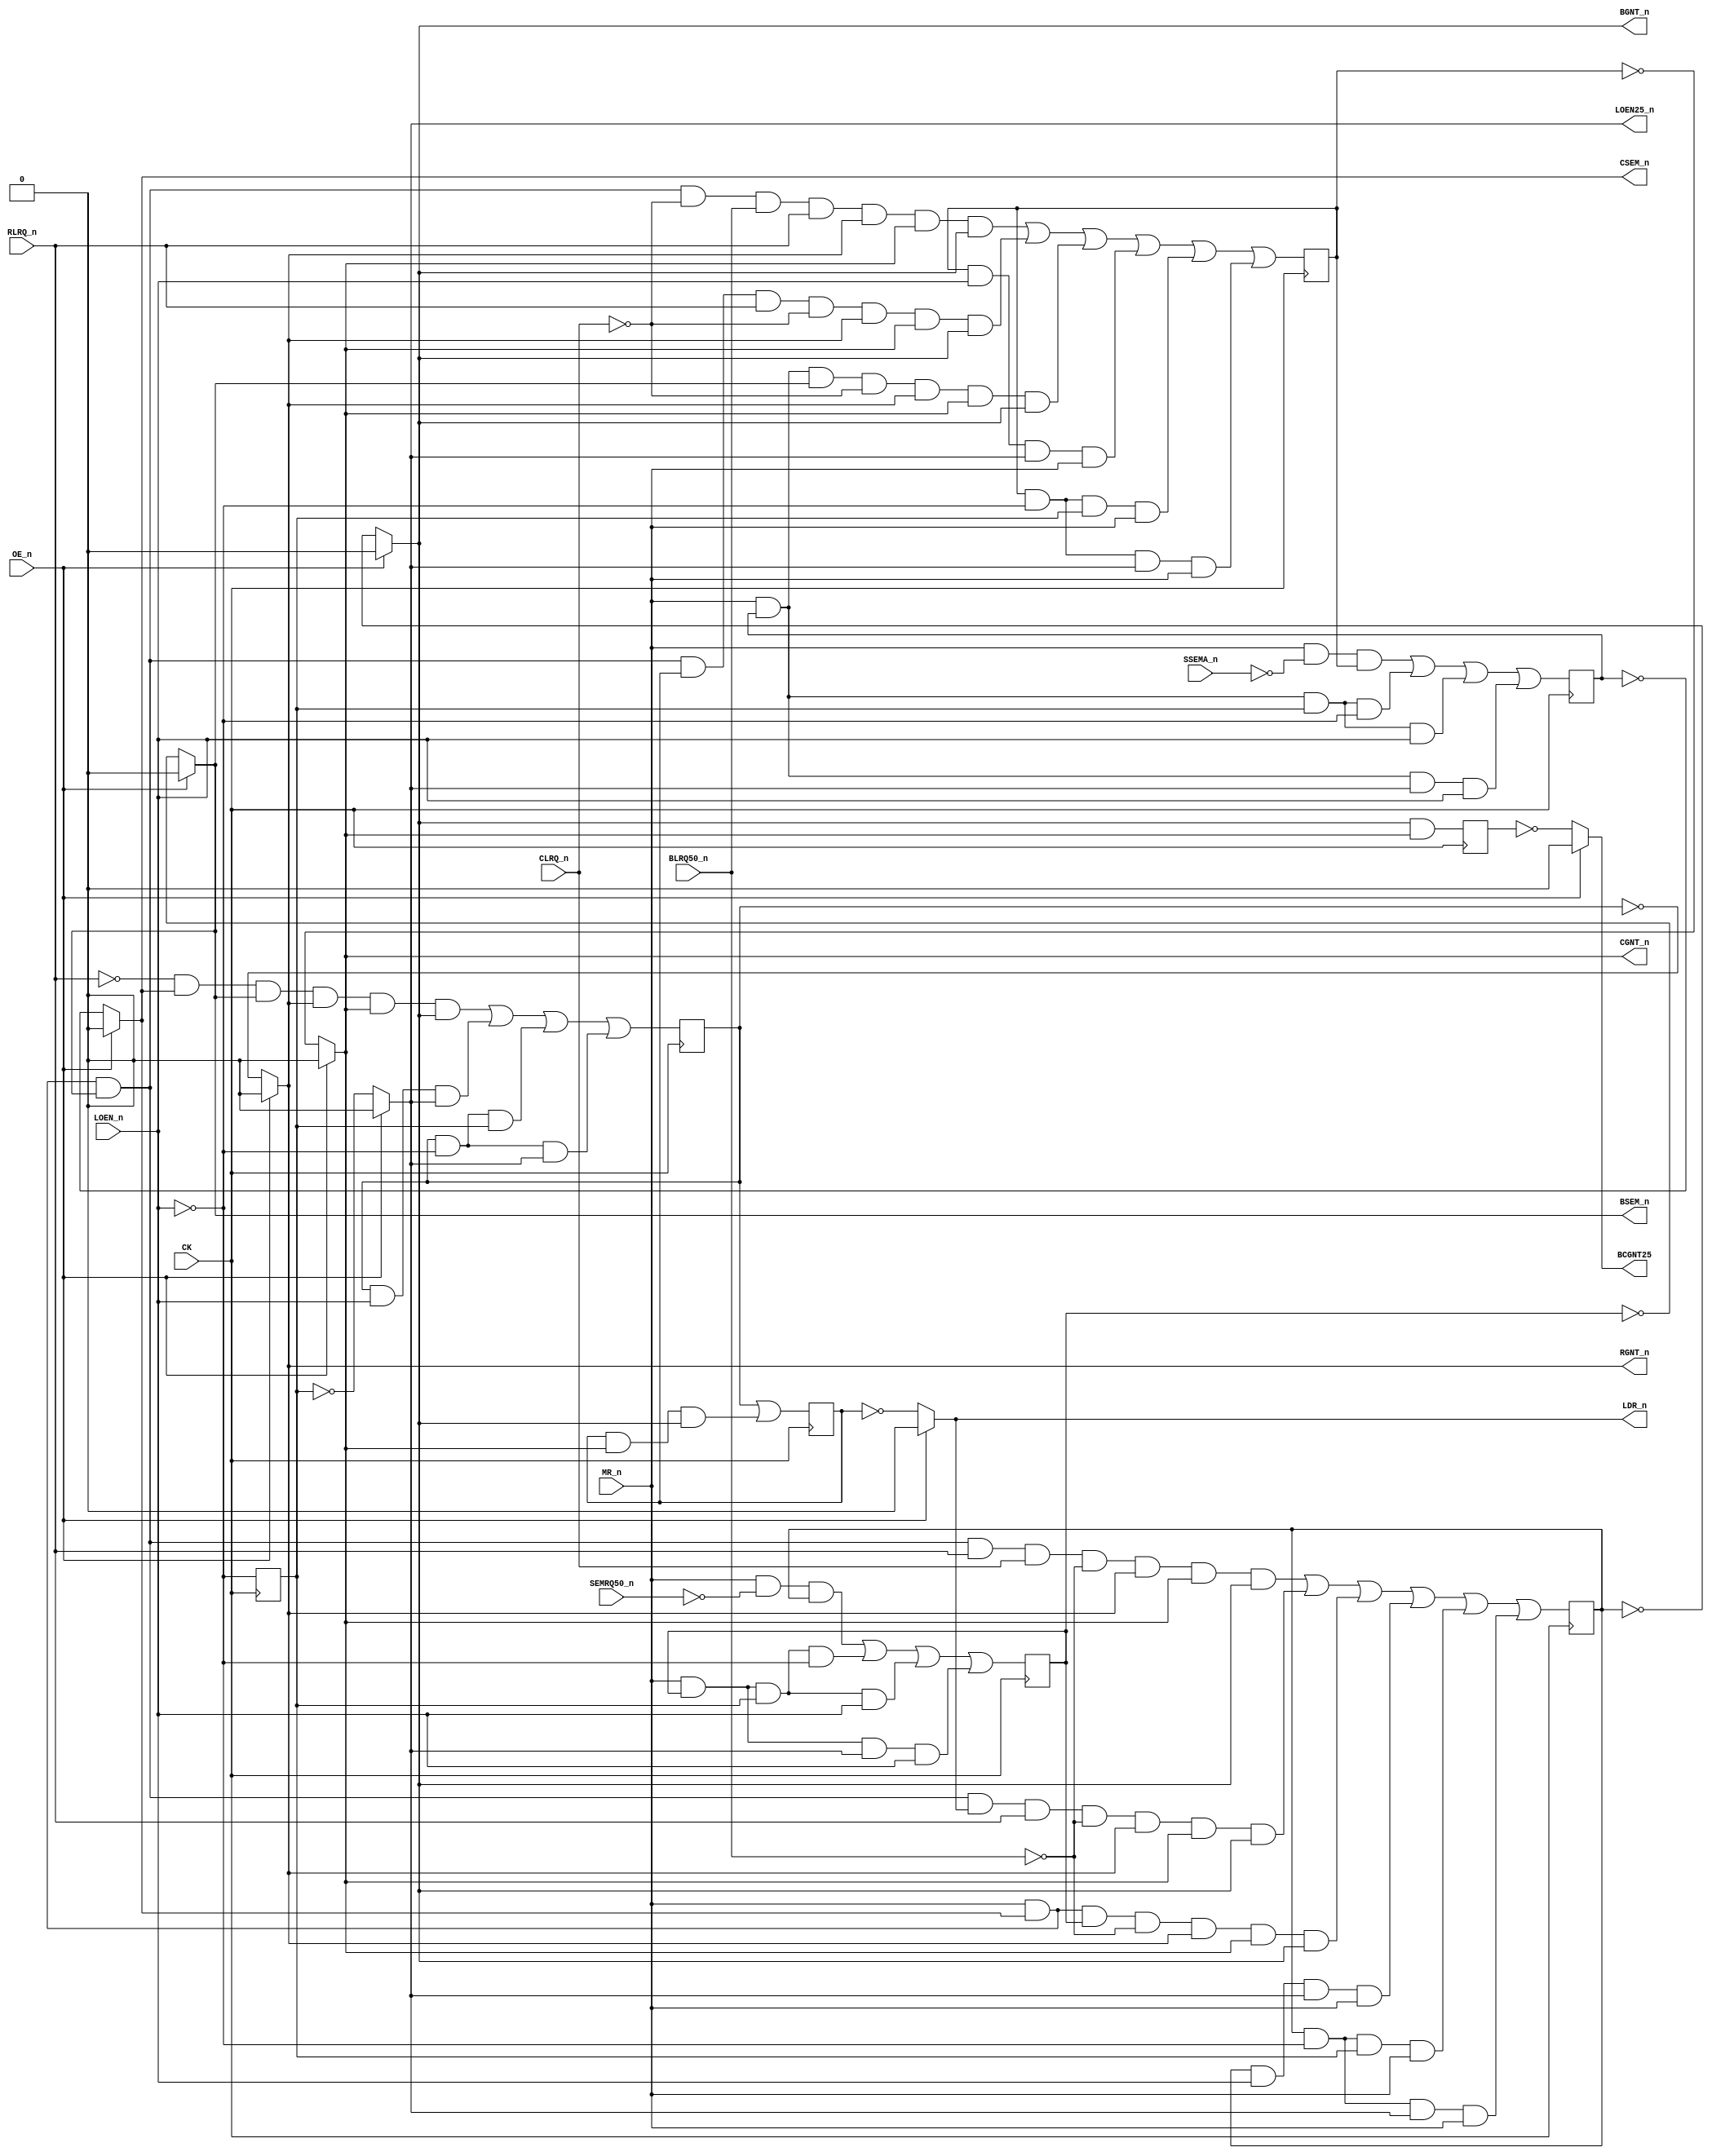
module PAL_44803A(
    input CK,           // Clock signal
    input OE_n,         // OUTPUT ENABLE (active-low) for Q0-Q5

    input LOEN_n,       // I0 - LOEN_n
    input RLRQ_n,       // I1 - RLRQ_n
    input MR_n,         // I2 - MR_n 
    input CLRQ_n,       // I3 - CLRQ_n 
    input BLRQ50_n,     // I4 - BLRQ50_n 
    input SSEMA_n,      // I5 - SSEMA_n
    input SEMRQ50_n,    // I6 - SEMRQ50_n
//  input n.c ,         // I7 - n.c.

    output RGNT_n,      // Q0_n - RGNT_n
    output CGNT_n,      // Q1_n - CGNT_n
    output BGNT_n,      // Q2_n - BGNT_n
    output LOEN25_n,    // Q3_n - LOEN25_n (n.c.)
    output LDR_n,       // Q4_n - LDR_n (n.c.)
    output CSEM_n,      // Q5_n - CSEM_n (n.c.)
    output BSEM_n,      // Q6_n - BSEM_n (n.c.)
    output BCGNT25      // Q7_n - BCGNT25
);

// negated input signals
wire LOEN     = ~LOEN_n;   
wire RLRQ     = ~RLRQ_n;   
wire CLRQ     = ~CLRQ_n;
wire BLRQ50   = ~BLRQ50_n;
wire SSEMA    = ~SSEMA_n; 
wire SEMRQ50  = ~SEMRQ50_n;


// Register signals as wires (to help with the equations)
wire RGNT =  RGNT_reg;
wire CGNT =  CGNT_reg; 
wire BGNT =  BGNT_reg;
wire LDR =  LDR_reg;
wire CSEM =  CSEM_reg;
wire BSEM =  BSEM_reg;
wire LOEN25 =  LOEN25_reg;


// Internal registers
reg RGNT_reg;
reg CGNT_reg; 
reg BGNT_reg;
reg LDR_reg;
reg CSEM_reg;
reg BSEM_reg;
reg LOEN25_reg;
reg BCGNT25_n_reg;



//**** Sequential logic triggered on the rising edge of CLK ****
always @(posedge CK) begin       

    RGNT_reg <=   (RLRQ & CSEM_n & BSEM_n & RGNT_n & CGNT_n & BGNT_n)
                | (RGNT & LOEN_n & LOEN25_n)
                | (RGNT & LOEN & LOEN25)
                | (RGNT & LOEN & LOEN25_n);

    CGNT_reg <=   (MR_n & CSEM_n & BSEM_n & CLRQ & BLRQ50_n & RLRQ_n & RGNT_n & CGNT_n & BGNT_n)
                | (MR_n & CSEM_n & BSEM_n & LDR & RLRQ_n & CLRQ & RGNT_n & CGNT_n & BGNT_n)
                | (MR_n & CSEM & BSEM_n & CLRQ & RGNT_n & CGNT_n & BGNT_n)
                | (CGNT & LOEN_n & LOEN25_n & MR_n)
                | (CGNT & LOEN & LOEN25 & MR_n)
                | (CGNT & LOEN & LOEN25_n & MR_n);

    BGNT_reg <=   (MR_n & CSEM_n & BSEM_n & RLRQ_n & CLRQ_n & BLRQ50 & RGNT_n & CGNT_n & BGNT_n)
                | (MR_n & CSEM_n & BSEM_n & LDR_n & RLRQ_n & BLRQ50 & RGNT_n & CGNT_n & BGNT_n)
                | (MR_n & CSEM_n & BSEM & BLRQ50 & RGNT_n & CGNT_n & BGNT_n)
                | (BGNT & LOEN_n & LOEN25_n & MR_n)
                | (BGNT & LOEN & LOEN25 & MR_n)
                | (BGNT & LOEN & LOEN25_n & MR_n);

    LDR_reg <=    RGNT
               | (LDR & CGNT_n & BGNT_n);

    CSEM_reg <=   (MR_n & SSEMA & CGNT)
                | (MR_n & CSEM & LOEN25 & LOEN)
                | (MR_n & CSEM & LOEN25 & LOEN_n)
                | (MR_n & CSEM & LOEN25_n & LOEN_n);

    BSEM_reg <=   (MR_n & SEMRQ50 & BGNT)
                | (MR_n & BSEM & LOEN25 & LOEN)
                | (MR_n & BSEM & LOEN25 & LOEN_n)
                | (MR_n & BSEM & LOEN25_n & LOEN_n);

    LOEN25_reg <= LOEN;

    BCGNT25_n_reg <= BGNT_n & CGNT_n;

end

// Tri-state control for Q outputs
// Assigning outputs with three-state logic controlled by OE_n

assign RGNT_n   = OE_n ? 1'b0 : ~RGNT_reg;      
assign CGNT_n   = OE_n ? 1'b0 : ~CGNT_reg;
assign BGNT_n   = OE_n ? 1'b0 : ~BGNT_reg;
assign LDR_n    = OE_n ? 1'b0 : ~LDR_reg;
assign CSEM_n   = OE_n ? 1'b0 : ~CSEM_reg;
assign BSEM_n   = OE_n ? 1'b0 : ~BSEM_reg;
assign LOEN25_n = OE_n ? 1'b0 : ~LOEN25_reg;
assign BCGNT25  = OE_n ? 1'b0 : ~BCGNT25_n_reg;



endmodule